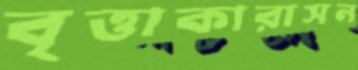
বৃত্তাকারাসন